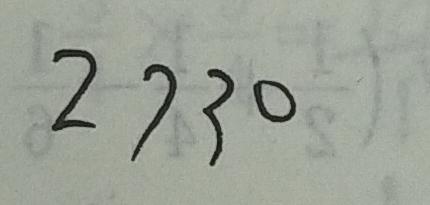
2 7 3 0